Leningradi_Edasi_toimetus, lk 56
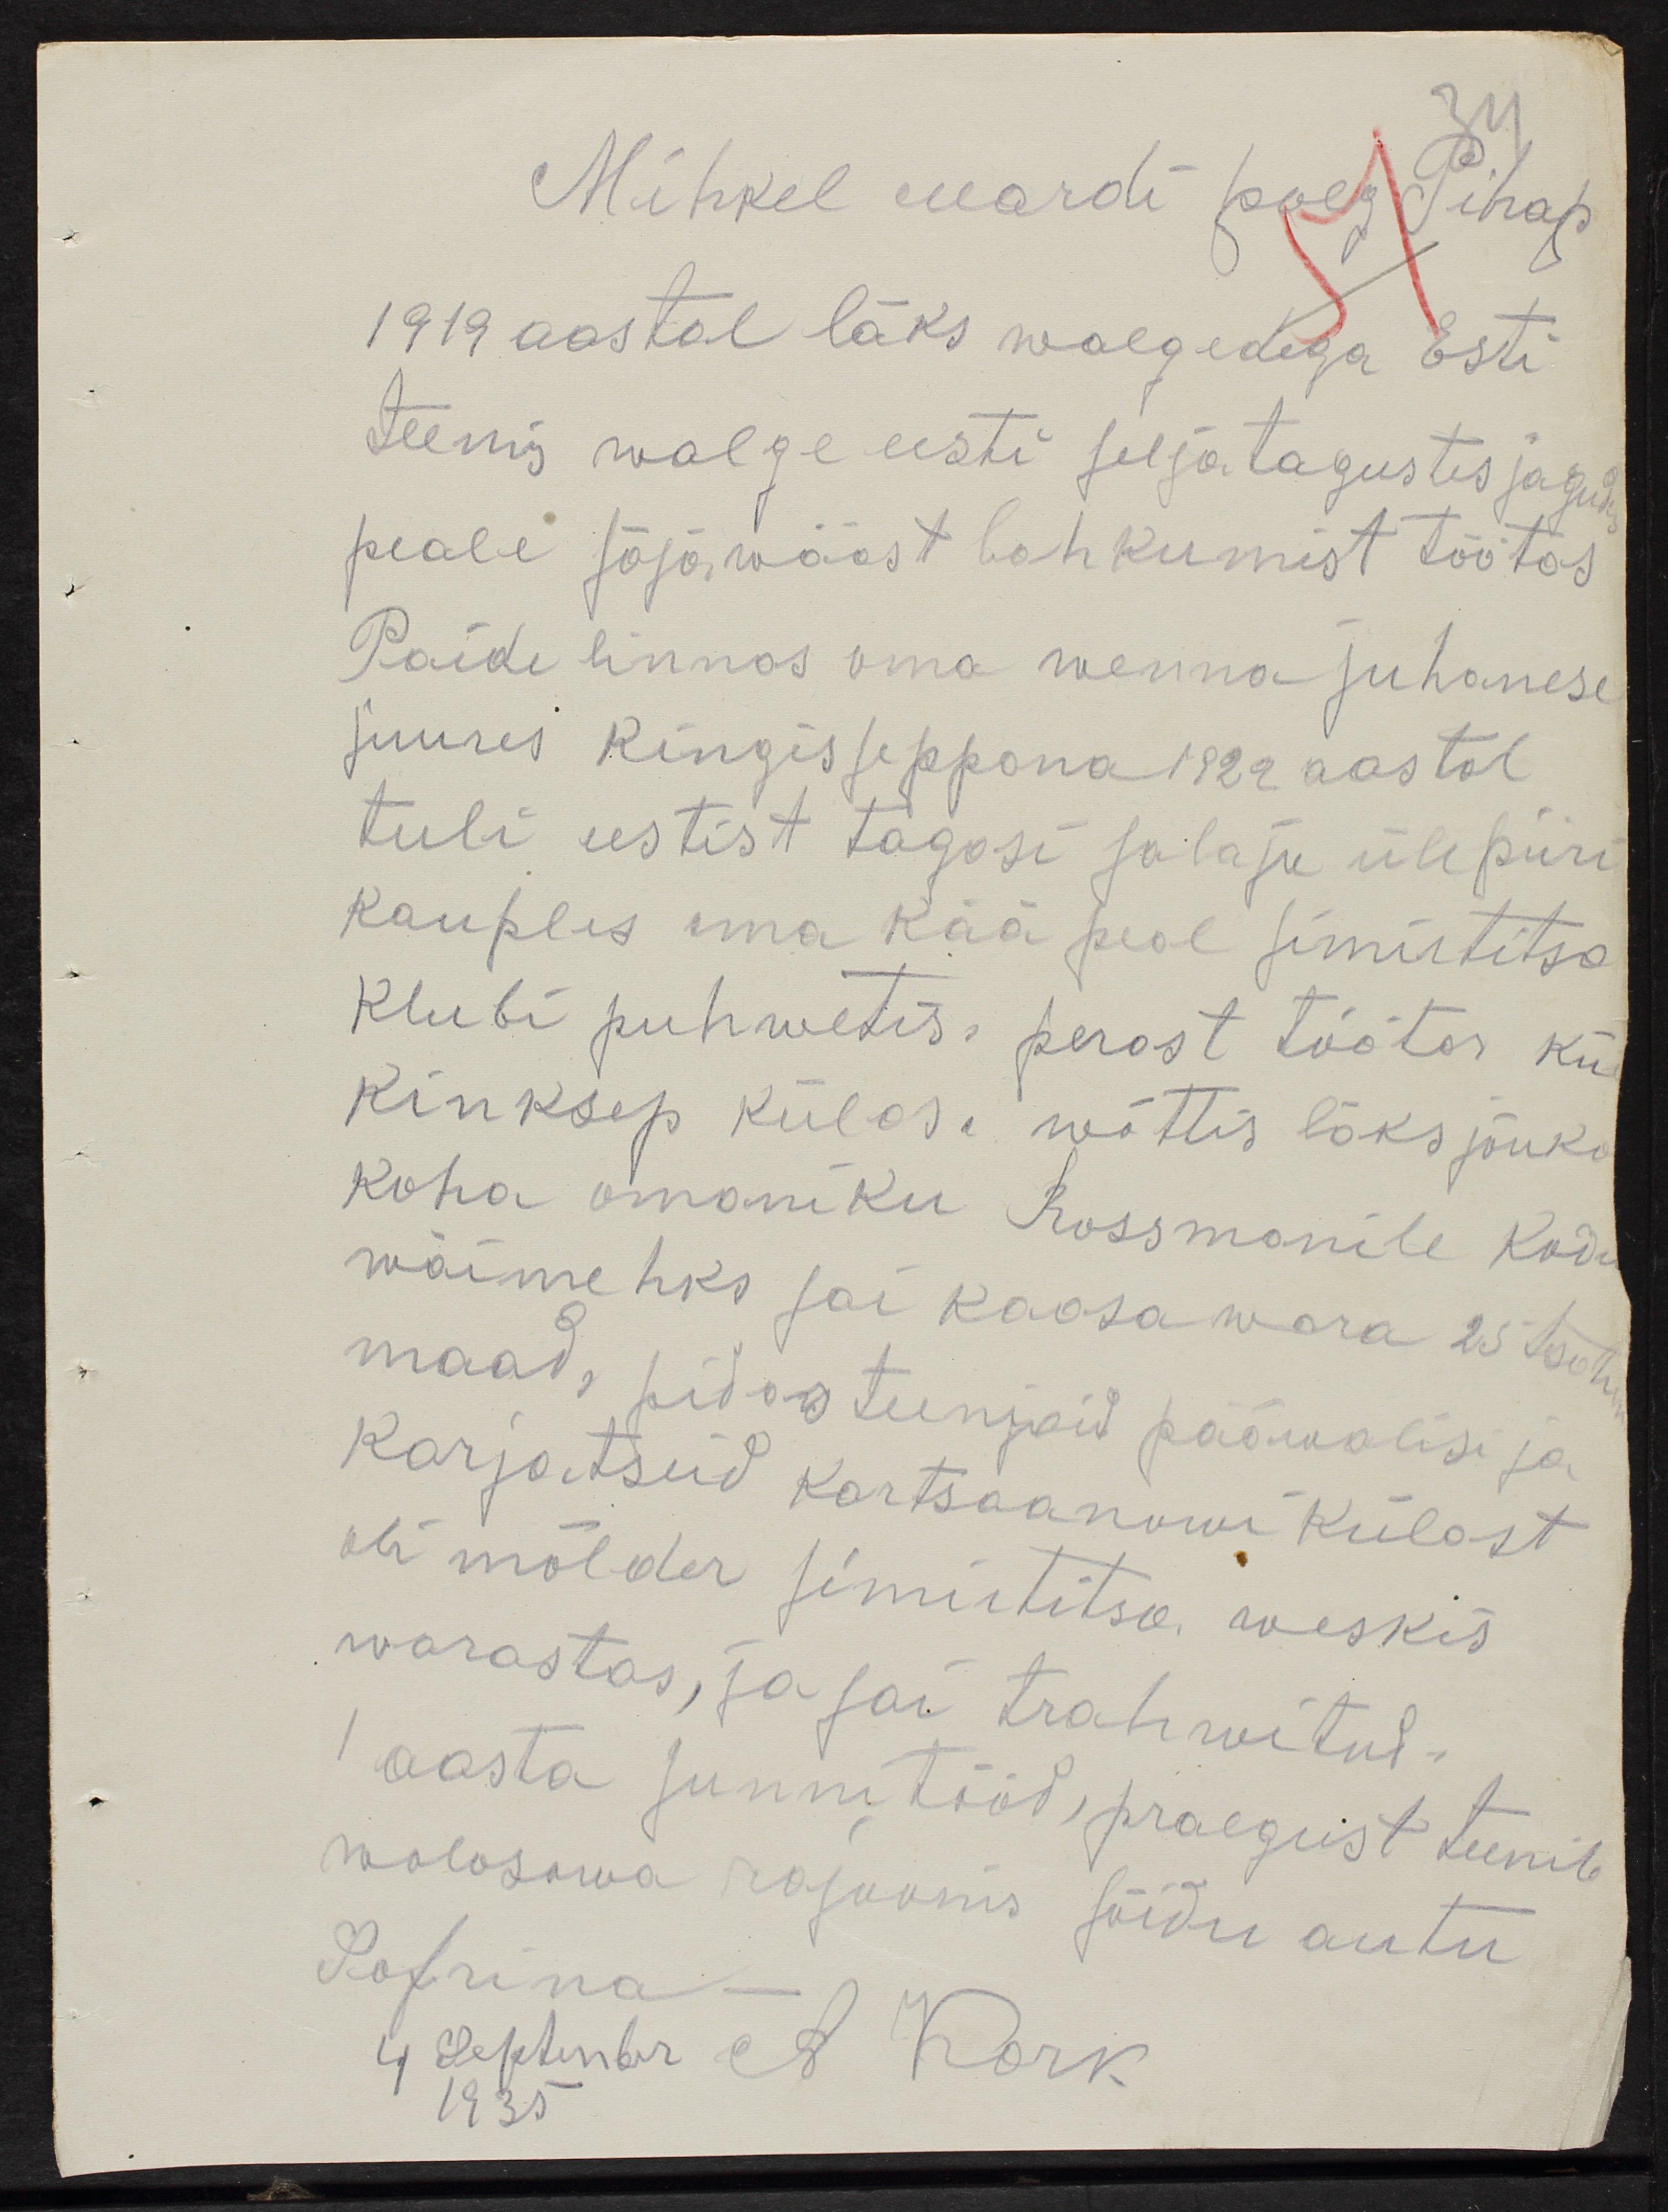
Mihkel Mardi poeg Pihap
1919 aastal läks walgedega Esti
teenis walge eesti seljatagustes jagudes,
peale sõjawääst lahkumist töötas
Paide linnas oma wenna juhanese
juures kingisseppana 1922 aastal
tuli eestist tagasi salaja üle piiri
kauples oma kää peal Simistitsa
Klubi puhwetis. perast töötas kui
kinksep külas. wõttis lõks jõuka
koha omaniku Rossmanile kodus
wäimehks sai kaasawara 25 tsetw
maad, pidas teenjaid pääwalisi ja
karjatseid Kartsaanowi külast
oli mölder simistitsa weskis
warastas, ja sai trahwitud.
1 aasta sunnitööd praegust teenib
wolosowa rajoonis sõidu autu
Sofrina
4 Septembr. A Kork
1935